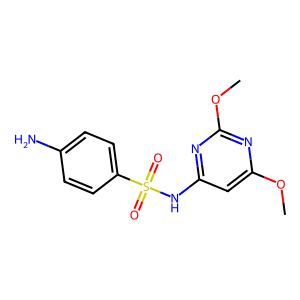
SMILES: COc1cc(NS(=O)(=O)c2ccc(N)cc2)nc(OC)n1
Inhibits HIV replication: No